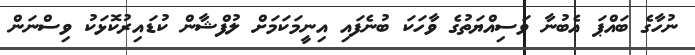
ނުހާގެ ބައްޕަ އެބުނާ ވަސިއްޔަތުގެ ވާހަކަ ބުނެފައި އިނީމަކަމަށް ލުފްޝާން ކުޑައިރުކޮޅަކު ވިސްނަން